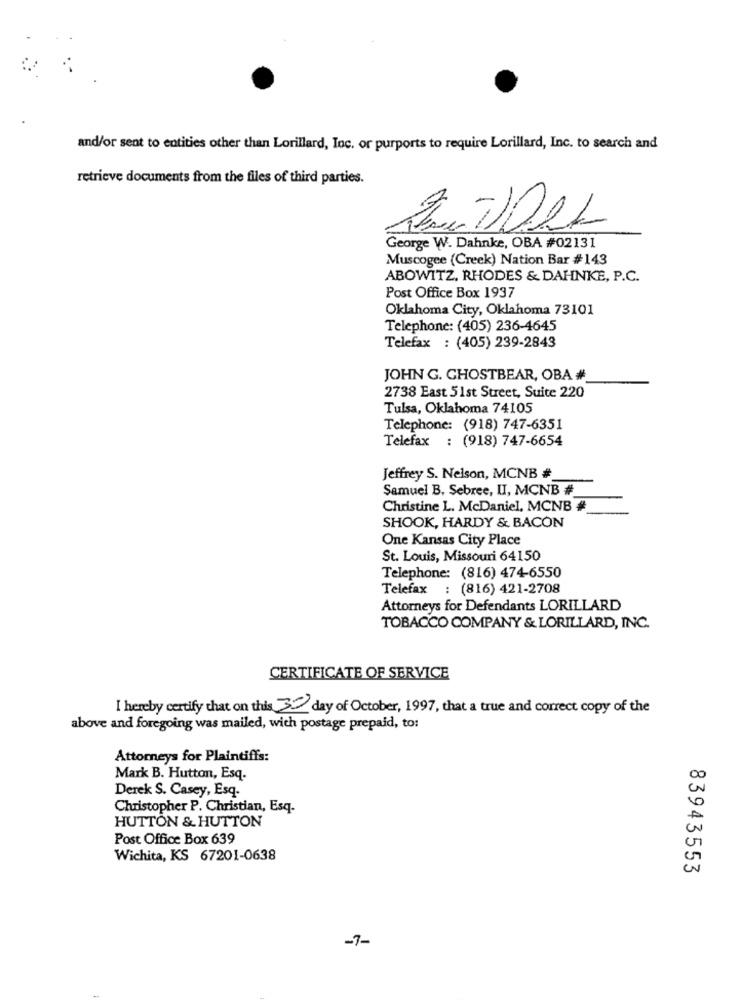
and/or sent to entities other than Lorillard, Inc. or purports to require Lorillard, Inc. to search and
retrieve documents from the files of third parties.
George W. Dahnke, OBA #02131
Muscogee (Creek) Nation Bar #143
ABOWITZ, RHODES & DAHNKE, P.C.
Post Office Box 1937
Oklahoma City, Oklahoma 73101
Telephone: (405) 236-4645
Telefax : (405) 239-2843
JOHN G. GHOSTBEAR, OBA #
2738 East 51st Street, Suite 220
Tulsa, Oklahoma 74105
Telephone: (918) 747-6351
Telefax : (918) 747-6654
Jeffrey S. Nelson, MCNB #
Samuel B. Sebree, II, MCNB #
Christine L. McDaniel, MCNB #
SHOOK, HARDY & BACON
One Kansas City Place
St. Louis, Missouri 64150
Telephone: (816) 474-6550
Telefax : (816) 421-2708
Attorneys for Defendants LORILLARD
TOBACCO COMPANY & LORILLARD, INC.
CERTIFICATE OF SERVICE
I hereby certify that on this 30 day of October, 1997, that a true and correct copy of the
above and foregoing was mailed, with postage prepaid, to:
Attorneys for Plaintiffs:
Mark B. Hutton, Esq.
Derek S. Casey, Esq.
Christopher P. Christian, Esq.
HUTTON & HUTTON
Post Office Box 639
Wichita, KS 67201-0638
83943553
-7-